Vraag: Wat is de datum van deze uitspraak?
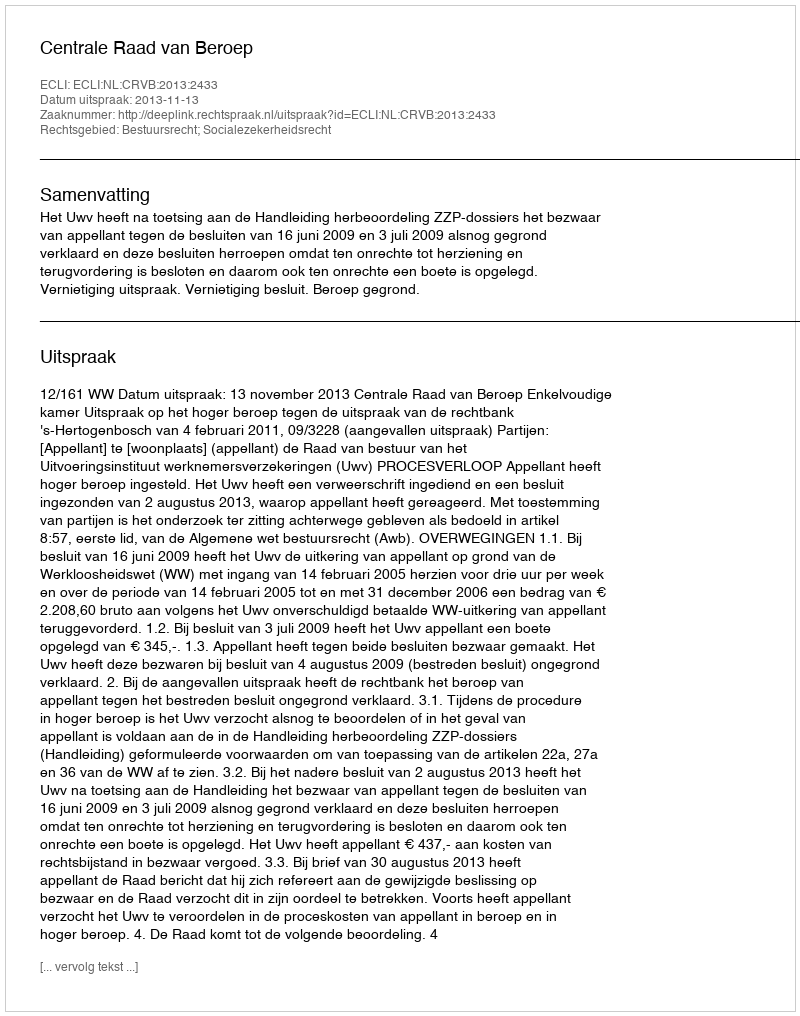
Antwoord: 2013-11-13